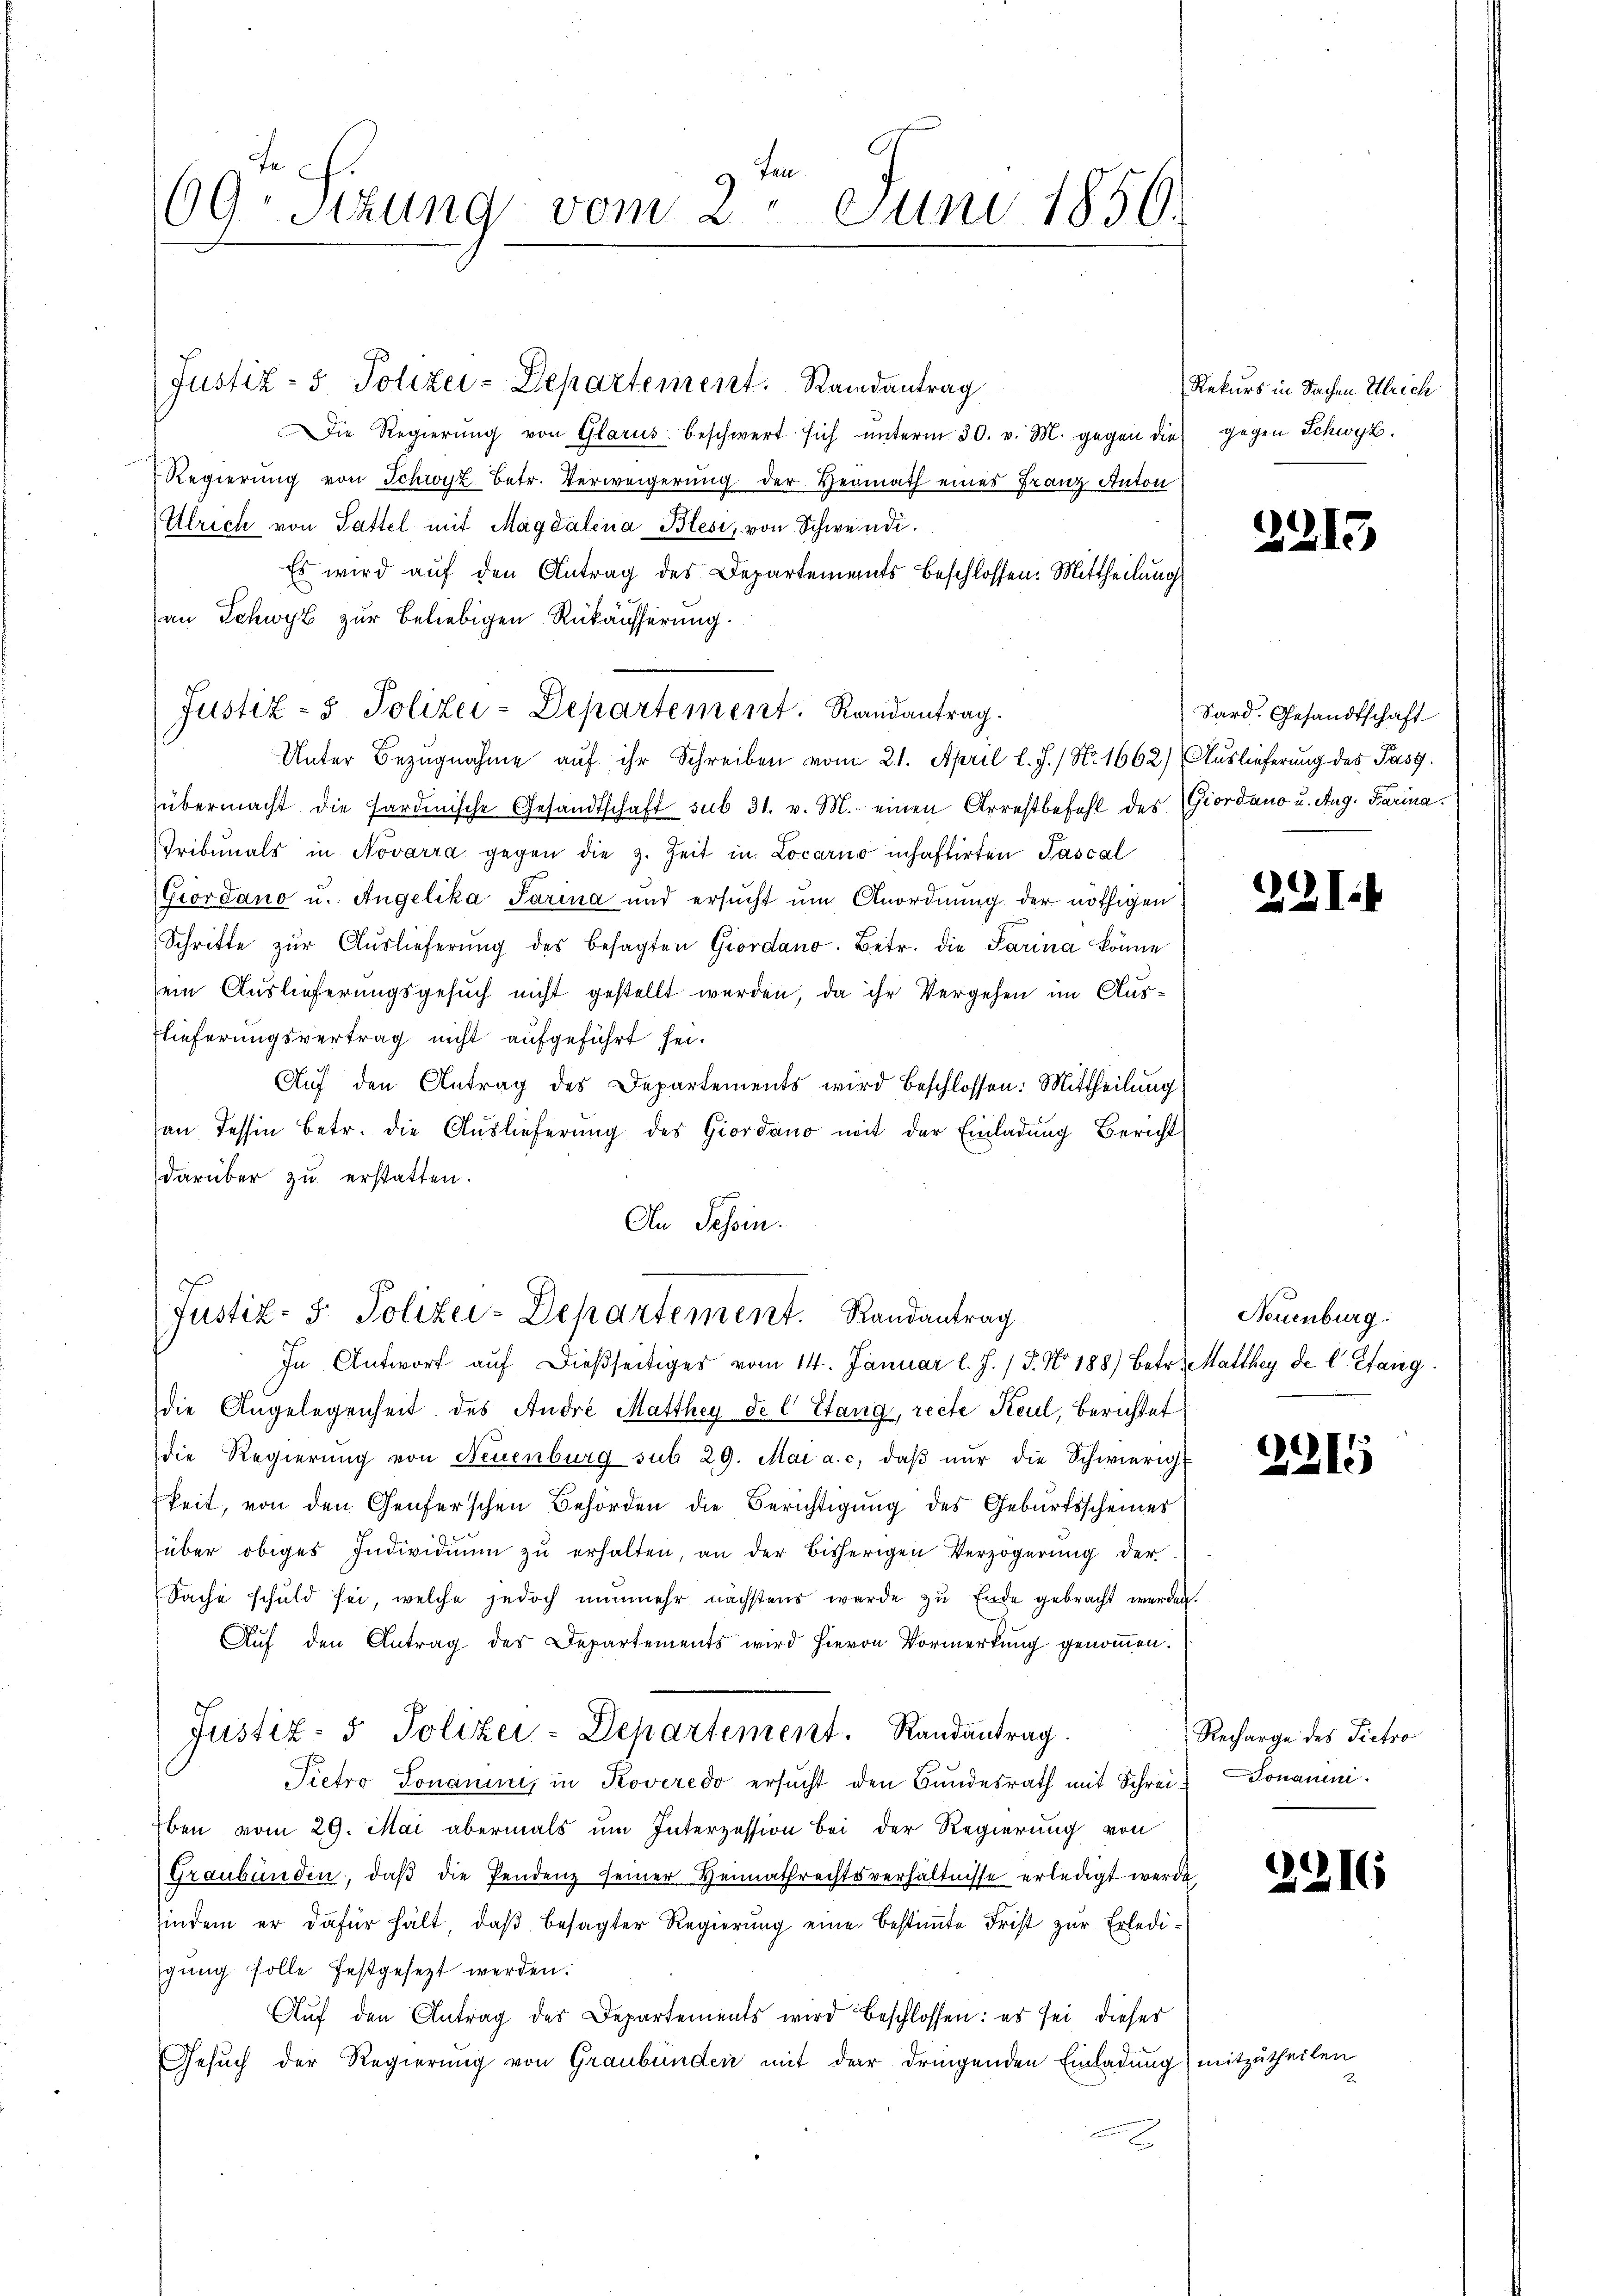
ten
69. Sizung vom 2. Juni 1850.

ie Regierung von Glarus beschwert sich unterm 30. v. M. gegen die gegen Schwyz.
Regierŭng von Schwyz betr. Verweigerung der Vermath eines Franz Anton
Ulrich von Sattel mit Magdalena Blesi, von Schwendi¬
Es wird aŭf den Antrag des Departements beschlossen. Mittheilung
an Schwyz zur Beliebigen Rükäusserung.
übermacht die Sardinische Gesandtschaft sub 31. v. M. einen Arrestbefehl des Giordano u. Aug. Parina.
Tribunals in Novarra gegen die z. Zeit in Locarno inhaftirten Pascal
Giordano u. Angelika Parina und ersucht um Anordnung der nöthigen
Schritte zŭr Aŭslieferŭng des besagten Giordano. Betr. die Parina könne
ein Auslieferungsgesuch nicht gestellt werden, da ihr Vergehen im Auslieferungsvertrag nicht aufgeführt sei.
Auf den Antrag des Departements wird beschlossen: Mittheilung
an Tessin betr. die Auslieferung des Giordano mit der Einladung Bericht
darüber zu erstatten.
An Tessin.

Justiz- & Polizei-Departement. Randantrag

Justiz- & Polizei-Departement. Randantrag.
Unter Bezugnahme auf ihr Schreiben vom 21. April l. J. / N. 1662) Auslieferung des Past

Justiz- & Polizei-Departement. Randantrag

In Antwort aŭf dießseitiges vom 14. Januar l. J. / 5. No 188) Betr. Matthey de l. Stang
die Angelegenheit des Andre Matthey del Stang, recte Keul, Berichtet
die Regierung von Neuenburg sub 29. Mai a. c. daβ nŭr die Schwierig-
keit, von den Genferschen Behörden die Berichtigŭng des Geburtsscheines
über obiges Individium zu erhalten, an der bisherigen Verzögerung der
Sache schuld sei, welche jedoch nunmehr nächstens werde zu Ende gebracht werden.
Auf den Antrag des Departements wird hievon Vormerkung genommen.
Justiz- & Polizei-Departement. Randantrag.
Pietro Tonarii, in Roveredo ersucht den Bundesrath mit Schrei¬
Eben vom 29. Mai abermals um Interzession bei der Regierung von
Graubünden, daβ die Pendenz seiner Heimathrechtsverhältnisse erledigt werde,
hindem er dafür hält, daβ besagter Regierŭng eine bestimmte Frist zur Erledigung solle festgesezt werden.
Aŭf den Antrag des Departements wird beschlossen: es sei dieses
Gesŭch der Regierŭng von Graubünden mit der dringenden Einladung) mitzutheilen
2

Rekurs in Sachen Ulrich

Sard. Gesandtschaft

2215

231

Neuenburg.

2215

Recharge des Pietro
Donaum.

2

2216